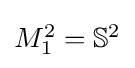
{\textstyle M_{1}^{2}=\mathbb {S} ^{2}}